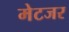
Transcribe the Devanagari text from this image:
मेटजर